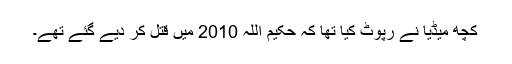
کچھ میڈیا نے رپوٹ کیا تھا کہ حکیم اللہ 2010 میں قتل کر دیے گئے تھے۔